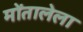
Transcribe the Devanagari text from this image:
मोंतालेला